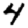
Digit: 4